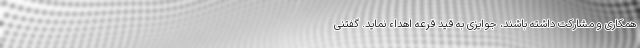
همکاری و مشارکت داشته باشند، جوایزی به قید قرعه اهداء نماید. گفتنی